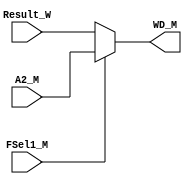
`timescale 1ns / 1ps
//////////////////////////////////////////////////////////////////////////////////
// Company: 
// Engineer: 
// 
// Design Name: 
// Module Name:    M_MUX 
// Project Name: 
// Target Devices: 
// Tool versions: 
// Description: 
//
// Dependencies: 
//
// Revision: 
// Revision 0.01 - File Created
// Additional Comments: 
//
//////////////////////////////////////////////////////////////////////////////////
module M_MUX(
    input [31:0] A2_M,
    input [31:0] Result_W,
    input FSel1_M,
    output [31:0] WD_M
	 //output [31:0] m_data_wdata
    );

assign WD_M = (FSel1_M == 0) ? Result_W : A2_M;

//assign m_data_wdata = WD_M;

endmodule